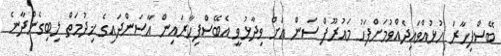
ބޭސްފިހާރަ ހުޅުއްވައިދެއްވުމަށްފަހު މައުރޫފް ސަން އަށް ވިދާޅުވީ އެބޭސްފިހާރައިން އާސަންދައިގެ ޚިދުމަތް ލިބިގެންދާނެ